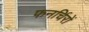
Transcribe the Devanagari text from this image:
फनर्चिरों